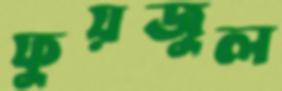
ফুয়জুল